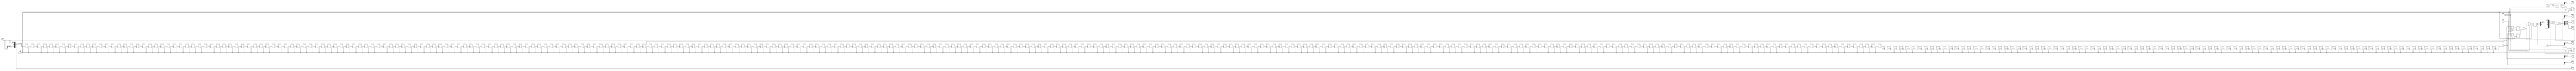
`timescale 1ns / 1ps

module shaping_v3(
inp,outp0,outp1,outp2,outp3,outp4,outp5,outp6,clk,count,rst
    );

    input [13:0] inp;
    input clk;
    input rst;
    output [15:0] outp0;
    output [15:0] outp1;
    output [15:0] outp2;
    output [15:0] outp3;
    output [15:0] outp4;
    output [15:0] outp5;
    output [13:0] outp6;
    output[7:0] count;

    (* dont_touch = "true" *) wire signed[31:0] step0;
    wire signed[31:0] step1;
    wire signed[31:0] step2;
    wire signed[31:0] step3;
    wire signed[31:0] step4;
    wire signed[31:0] step5;
    wire signed[31:0] step6;

	reg signed[31:0] temp1;
	reg signed[31:0] temp2;
	reg signed[31:0] temp3;
	reg signed[31:0] temp4;
	reg signed[31:0] temp5;
	reg signed[31:0] temp6;

    reg signed[31:0]  data[0:4096];
    reg signed[31:0]  data3;
    reg signed[31:0]  data4;
    reg [12:0] cnt = 0;
    
    parameter k = 100;
    parameter l = 200;
    localparam depth = $clog2(k+l+k)*2-3;

    integer i;
    integer gain = 4;

    always @(posedge clk)begin
        cnt = cnt+1;
    end

    always @(posedge clk)begin
        data[0] <= step0;
        for(i=0+1;i<1024;i=i+1)begin
            data[i]<=data[i-1];
        end
     end

	always @(posedge clk)begin
	   if(rst)begin
	        temp1 <=  32'h0000_0000;
			temp2 <=  32'h0000_0000;
			temp3 <=  32'h0000_0000;
			temp4 <=  32'h0000_0000;
			temp5 <=  32'h0000_0000;
			temp6 <=  32'h0000_0000;
	   end else begin
			temp1 <= step1;
			temp2 <= step2;
			temp3 <= step3;
			temp4 <= step4;
			temp5 <= step5;
			//temp5 <= {{depth{step5[31]}},step5[31:depth]};
			temp6 <= step6;
	   end
	end

    assign step0 = {{19{inp[13]}},inp[12:0]};

    assign step1 = step0 - data[k];         //sum1
    assign step2 = data[k+l] - data[k+l+k]; //sum2
    assign step3 = temp1 - temp2;           //sum3
    assign step4 = temp3 + temp4;           //acc1
    //assign step5 ={{3{temp3[31]}},temp3[31:3]} + step4; //sum4
    assign step5 ={{3{temp3[31]}},temp3[31:3]} + step4 + temp5;
    assign step6 = temp5 + temp6;           //acc2

    assign outp0 = step0[15:0];
    assign outp1 = step1[15:0];
    assign outp2 = step2[15:0];
    assign outp3 = step3[15:0];
    assign outp4 = step4[depth+15:depth];
    assign outp5 = step5[depth+15:depth];
    assign outp6 = step5[depth+13:depth];
    
    assign count = cnt;

endmodule

//	ver2:	Resolve the phenomenon of base-line decline(delete data[] reset)